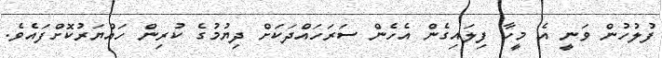
ފުލުހުން ވަނީ އެ މީހާ ފިލައިގެން އެހެން ސަރަހައްދަކަށް ދިޔުމުގެ ކުރިން ހައްޔަރުކޮށްފައެވެ.